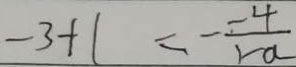
- 3 + 1 = - \frac { - 4 } { 1 - a }